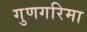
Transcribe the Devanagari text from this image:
गुणगरिमा